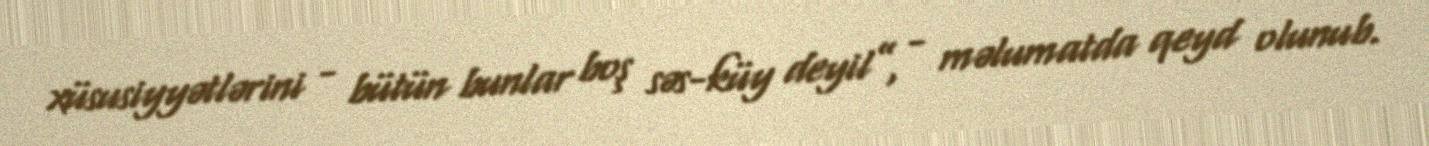
xüsusiyyətlərini - bütün bunlar boş səs-küy deyil”, - məlumatda qeyd olunub.